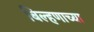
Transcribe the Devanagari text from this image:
बिल्हणाच्या